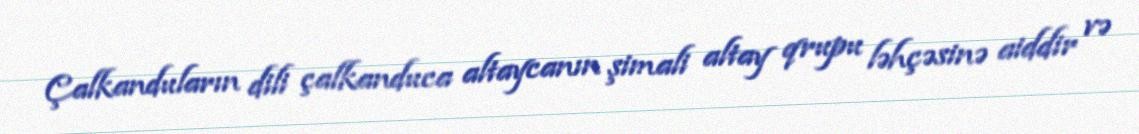
Çalkanduların dili çalkanduca altaycanın şimali altay qrupu ləhçəsinə aiddir və